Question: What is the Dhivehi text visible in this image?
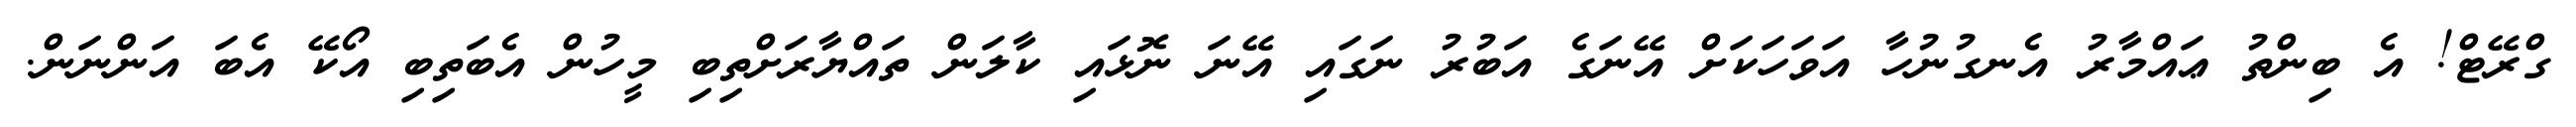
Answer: ގްރޭޓް! އެ ބިންތު ޢައްމާރު އެނގުނުހާ އަވަހަކަށް އޭނަގެ އަބުރު ނަގައި އޭނަ ނޮޅައި ކާލަން ތައްޔާރަށްތިބި މީހުން އެބަތިބި އޯކޭ އެބަ އަންނަން.